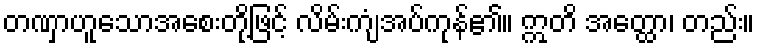
တဏှာဟူသောအစေးတို့ဖြင့် လိမ်းကျံအပ်ကုန်၏။ ဣတိ အတ္ထော၊ တည်း။